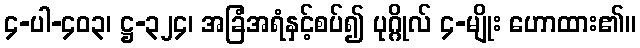
၄-ပါ-၄၀၃၊ ဋ္ဌ-၃၂၄၊ အခြံအရံနှင့်စပ်၍ ပုဂ္ဂိုလ် ၄-မျိုး ဟောထား၏။